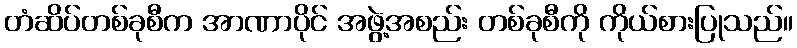
တံဆိပ်တစ်ခုစီက အာဏာပိုင် အဖွဲ့အစည်း တစ်ခုစီကို ကိုယ်စားပြုသည်။